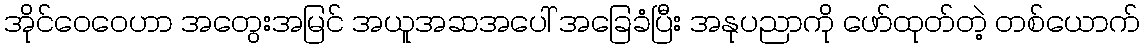
အိုင်ဝေဝေဟာ အတွေးအမြင် အယူအဆအပေါ် အခြေခံပြီး အနုပညာကို ဖော်ထုတ်တဲ့ တစ်ယောက်